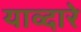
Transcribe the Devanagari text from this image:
याव्दारे